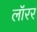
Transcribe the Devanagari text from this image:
लॉरर